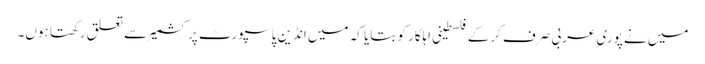
میں نے پوری عربی صرف کرکے فلسطینی اہلکار کو بتایا کہ میں انڈین پاسپورٹ پر کشمیر سے تعلق رکھتا ہوں۔